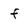
Character: f